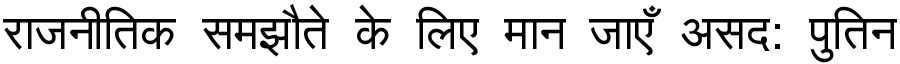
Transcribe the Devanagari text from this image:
राजनीतिक समझौते के लिए मान जाएँ असद: पुतिन